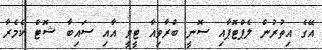
އޭގެ އިތުރުން ލެޕްޓޮޕާއި ސޮނީ ބްރާވިއާ ޓީވީ އާއި ސައިބާ ޝޮޓް ކެމެރާ